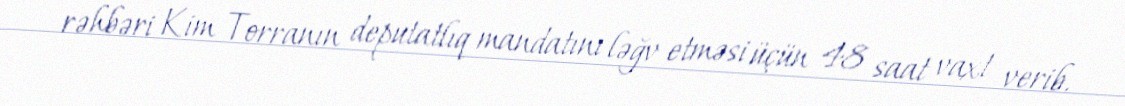
rəhbəri Kim Torranın deputatlıq mandatını ləğv etməsi üçün 48 saat vaxt verib.